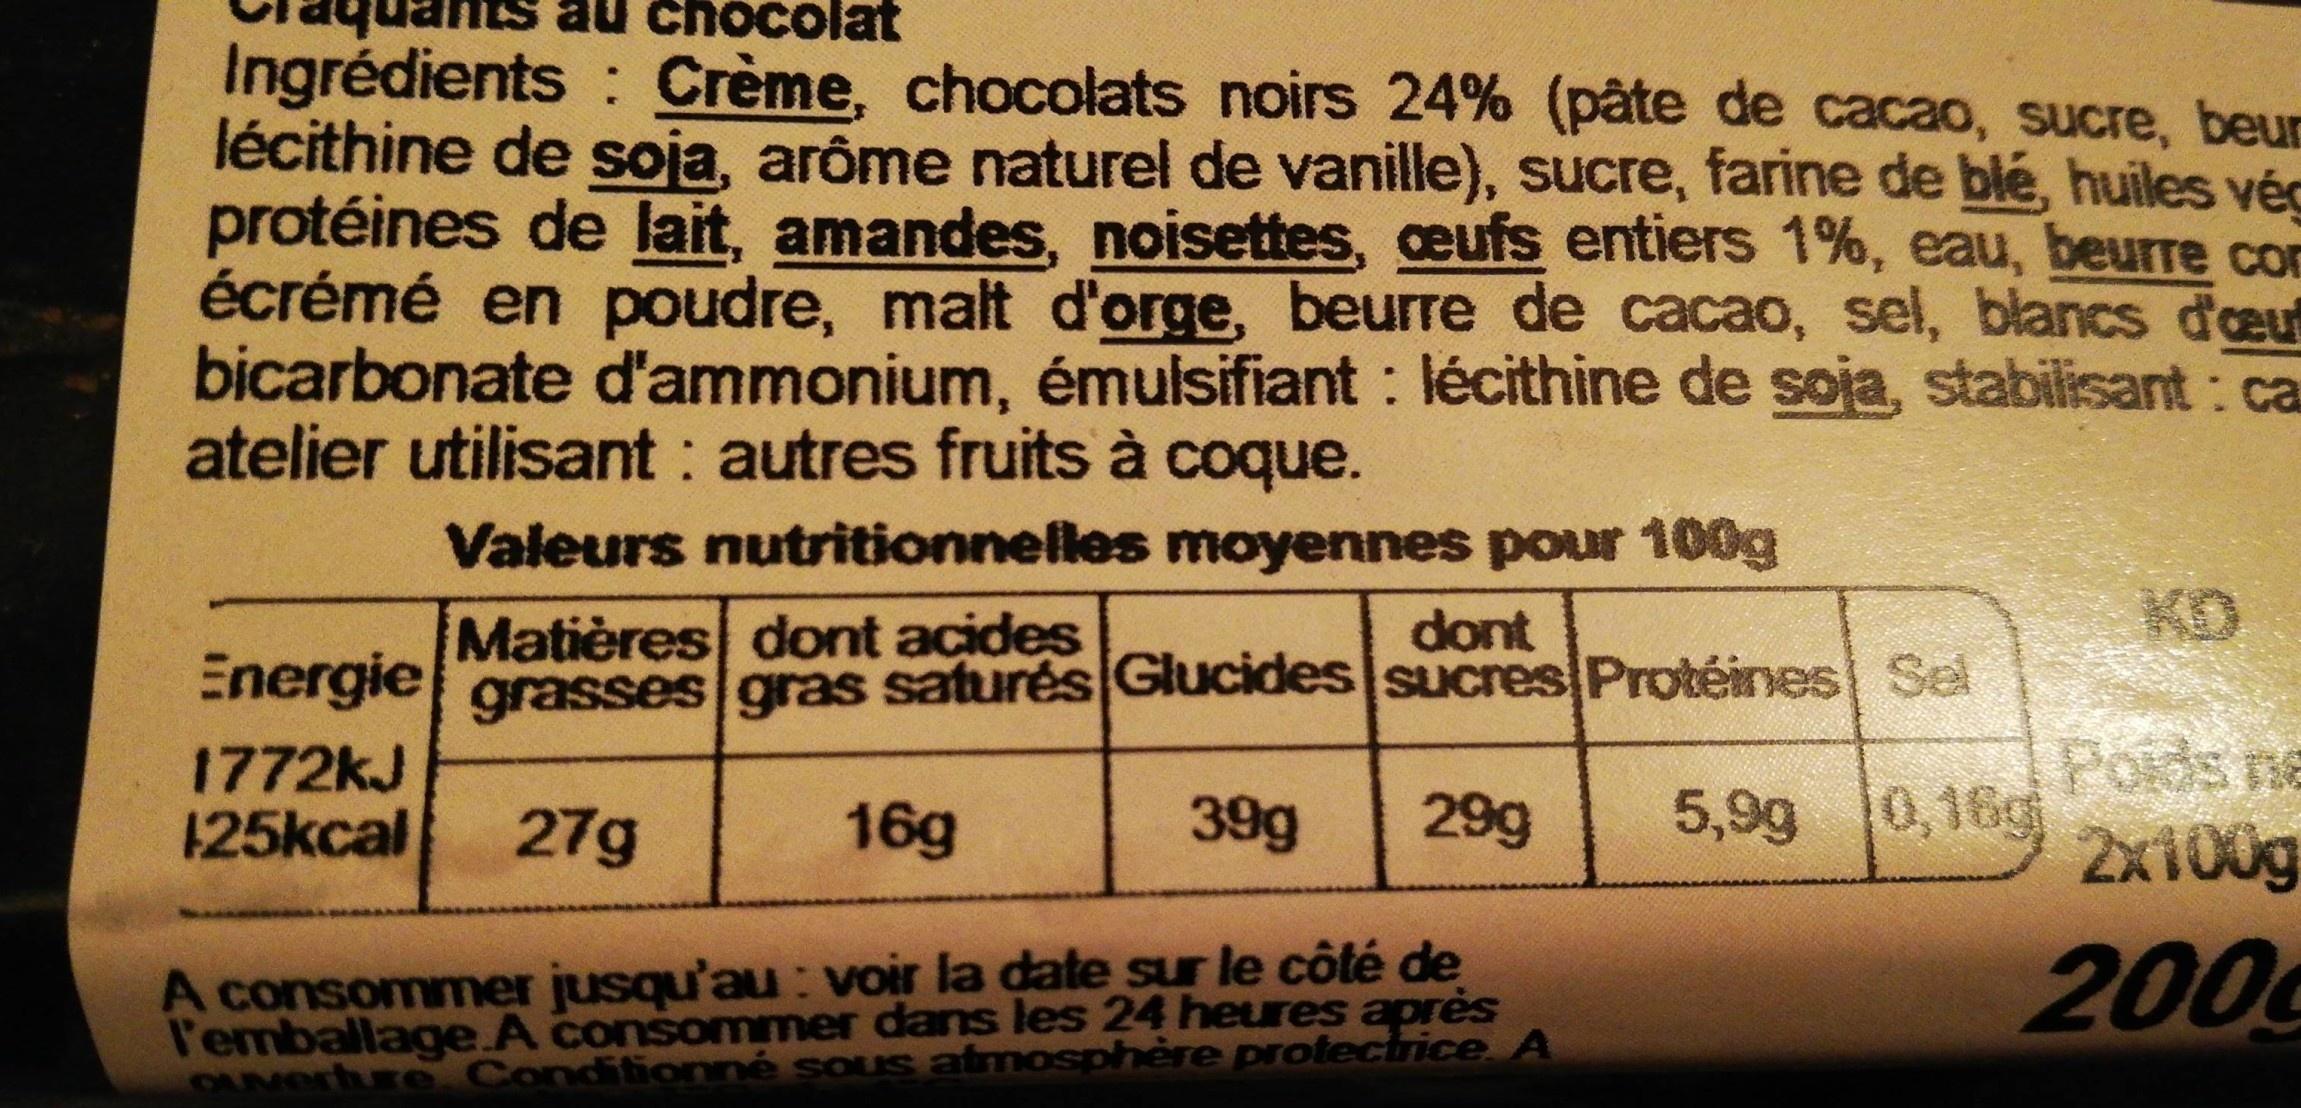
chocolat
Ingrédients Crème, chocolats noirs 24% (pâte de cacao, sucre, beur lécithine de soja, arôme naturel de vanille), sucre, farine de blé, huiles vég protéines de lait, amandes, noisettes, eufs entiers 1%, eau, beurre con écrémé en poudre, malt d'orge, beurre de cacao, sel, blancs d'euf bicarbonate d'ammonium, émulsifiant : lécithine de soja, stabilisant: ca atelier utilisant : autres fruits à coque.
:
Valeurs nutritionnelles moyennes pour 100g
Matières dont acides
dont
KD
Energie grasses gras saturés Glucides sucres Protéines Sel
1772kJ 125kcal
Poids ne 2x100g
27g
16g
39g
29g
5,9g 0,16g
A consommer jusqu'au: voir la date sur le côté de l'emballage.A consommer dans les 24 heures après OLNerhre Conditionné sous atmosphère protectrice A
200